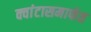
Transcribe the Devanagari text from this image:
क्वांटासमार्फत